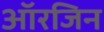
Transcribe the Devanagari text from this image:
आॅरजिन